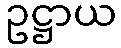
ဥဋ္ဌာယ